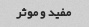
مفید و موثر